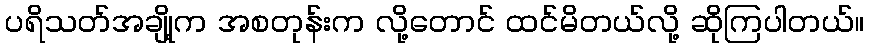
ပရိသတ်အချို့က အစတုန်းက လို့တောင် ထင်မိတယ်လို့ ဆိုကြပါတယ်။